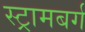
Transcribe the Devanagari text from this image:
स्ट्रामबर्ग